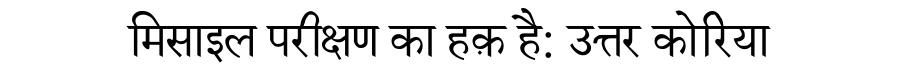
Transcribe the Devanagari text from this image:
मिसाइल परीक्षण का हक़ है: उत्तर कोरिया